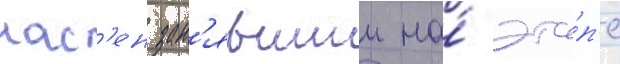
нас'ен зан'явшии на́ эта́п'е